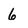
Character: 6